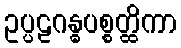
ဥပ္ပဠဂန္ဓပစ္စတ္ထိကာ